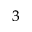
^ 3